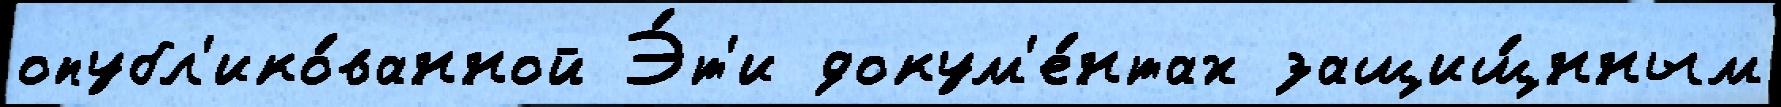
опубл'ико́ванной Э́т'и докум'е́нтах защищ́нным